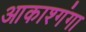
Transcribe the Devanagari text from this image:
आकाश्गंगा